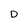
Character: D